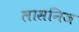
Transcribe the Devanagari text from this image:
लासनिज